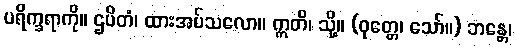
ပရိက္ခရာကို။ ဌပိတံ၊ ထားအပ်သလော။ ဣတိ၊ သို့။ (ဝုတ္တေ၊ သော်။) ဘန္တေ၊